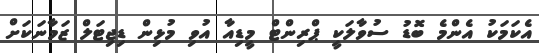
އެކަމަކު އެންމެ ބޮޑު ސުވާލަކީ ޕްރިންޓް މީޑިއާ އުވި މުޅިން ޑިޖިޓަލް ޒަމާނަކަށް